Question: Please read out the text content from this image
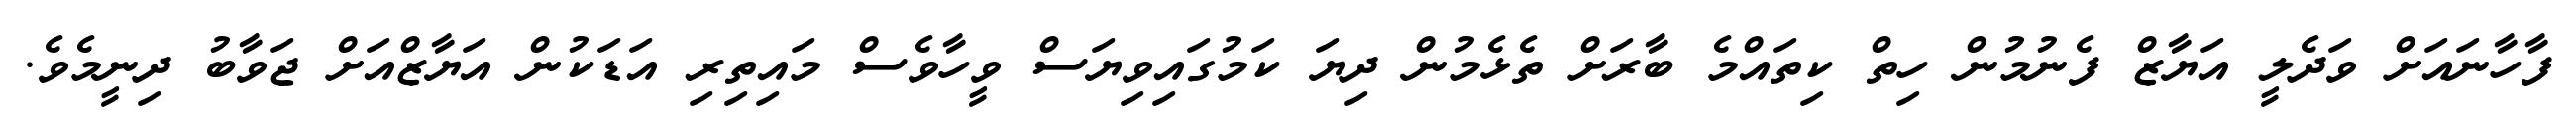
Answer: ފާހާނައަށް ވަދެލީ އަޔާޒް ފެނުމުން ހިތް ކިތައްމެ ބާރަށް ތެޅެމުން ދިޔަ ކަމުގައިވިޔަސް ވީހާވެސް މައިތިރި އަޑަކުން އަޔާޒްއަށް ޖަވާބު ދިނީމެވެ.